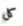
كل